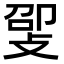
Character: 𫾸